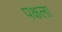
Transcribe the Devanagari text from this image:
पक्षला